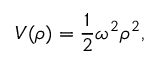
V ( \rho ) = \frac 1 2 \omega ^ { 2 } \rho ^ { 2 } ,